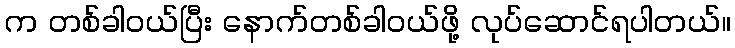
က တစ်ခါ၀ယ်ပြီး နောက်တစ်ခါ၀ယ်ဖို့ လုပ်ဆောင်ရပါတယ်။